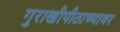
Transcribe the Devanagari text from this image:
गुराखीपीठाच्यावर